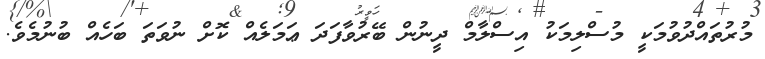
މުރުތައްދުވުމަކީ މުސްލިމަކު އިސްލާމް ދީނުން ބޭރުވާފަދަ ޢަމަލެއް ކޮށް ނުވަތަ ބަހެއް ބުނުމެވެ.